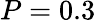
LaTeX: P=0.3